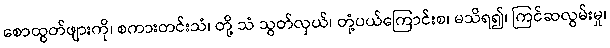
စောထွတ်ဖျားကို၊ စကားတင်းသံ၊ တို့ သံ သွတ်လှယ်၊ တုံ့ပယ်ကြောင်းစ၊ မသိရ၍၊ ကြင်ဆလွမ်းမှု၊